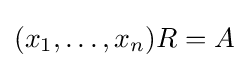
(x_{1},\ldots ,x_{n})R=A